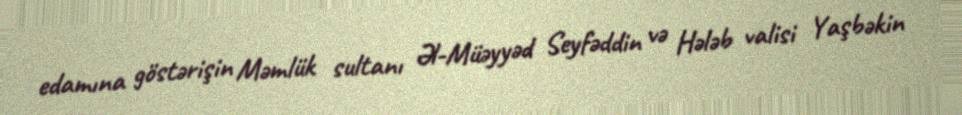
edamına göstərişin Məmlük sultanı Əl-Müəyyəd Seyfəddin və Hələb valisi Yaşbəkin